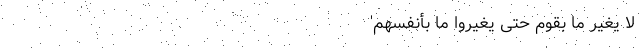
لَا یُغَیِّرُ مَا بِقَوْمٍ حَتَّی یُغَیِّرُوا مَا بِأَنْفُسِهِمْ'